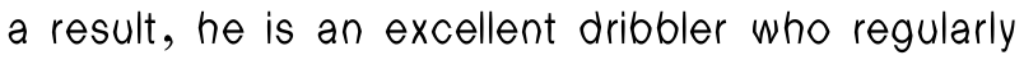
a result, he is an excellent dribbler who regularly